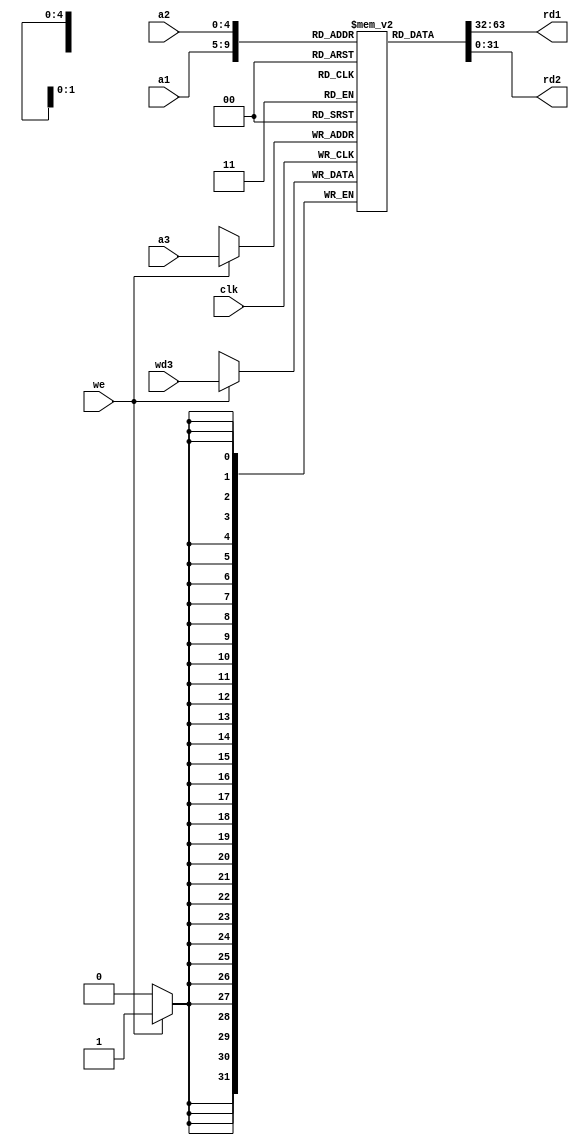
module BR(
    input wire clk,
    input [4:0] a1,
    input [4:0] a2,
    input [4:0] a3,
    input [31:0] wd3,
    input wire we,
    output [31:0] rd1,
    output [31:0] rd2
);

    reg [31:0] regBank[31:0];
    integer i;

    // iniciamos todos los registros en cero  
    initial begin
        for(i = 0;i<32;i=i+1) begin
            regBank[i] <= 32'h00000000;
        end
    end

    always @(posedge clk)
    begin
        if(we)
        begin
            regBank[a3] <= wd3;
            //que escriba
        end
        //bla
    end
    assign rd1 = regBank[a1];
    assign rd2 = regBank[a2];

endmodule